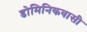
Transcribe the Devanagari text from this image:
डोमिनिकवासी